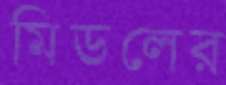
মিডলের